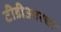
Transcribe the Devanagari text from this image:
टीडीआरचा